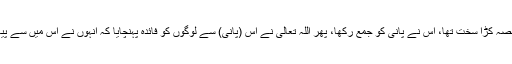
اور اس کا کچھ حصہ کڑا سخت تھا، اس نے پانی کو جمع رکھا، پھر اللہ تعالیٰ نے اس (پانی) سے لوگوں کو فائدہ پہنچایا کہ انہوں نے اس میں سے پیا، پلایا اور چرایا۔